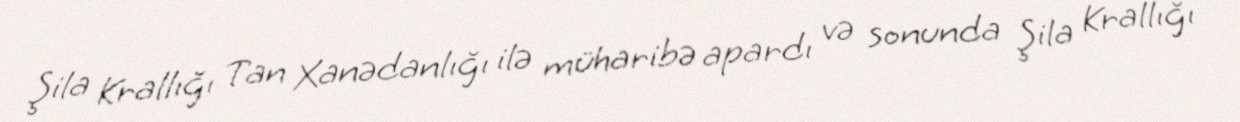
Şila Krallığı Tan Xanədanlığı ilə müharibə apardı və sonunda Şila Krallığı